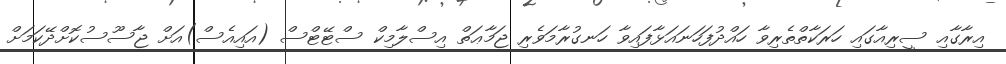
އިރާގާއި ސީރިއާގައި ހަރަކާތްތެރިވާ ހައްދުފަހަނައަޅާފައިވާ ހަނގުރާމަވެރި ޖަމާޢަތް އިސްލާމިކް ސްޓޭޓްސް (އައިއެސް)އަށް ޖާސޫސުކޮށްދޭކަމަށް